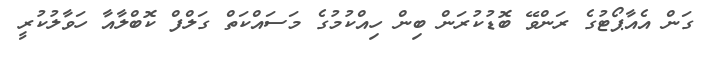
ގަން އެއާޕޯޓުގެ ރަންވޭ ބޮޑުކުރަން ބިން ހިއްކުމުގެ މަސައްކަތް ގަލްފް ކޮބްލާއާ ހަވާލުކުރީ